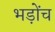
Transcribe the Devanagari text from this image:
भड़ोंच